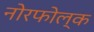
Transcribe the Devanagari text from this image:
नोरफोल्क